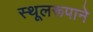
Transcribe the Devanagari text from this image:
स्थूलरूपाने